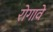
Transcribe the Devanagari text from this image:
रोगावे